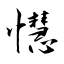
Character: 懳